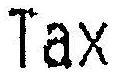
TAX